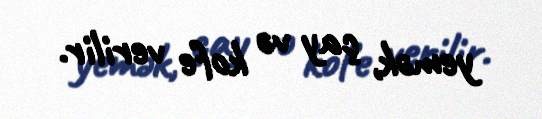
yemək, çay və kofe verilir.